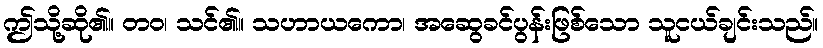
ဤသို့ဆို၏။ တဝ၊ သင်၏။ သဟာယကော၊ အဆွေခင်ပွန်းဖြစ်သော သူငယ်ချင်းသည်။